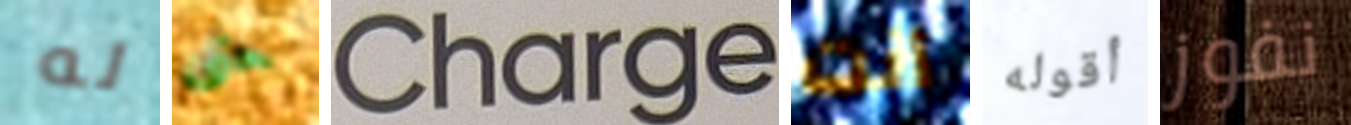
له حتى Charge أنت أقوله نفوز